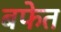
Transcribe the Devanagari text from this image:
बफेत